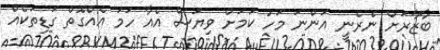
ބާޒާރަށް ނެރެނީ އަންނަ މަހު ކަމަށް ވިޔަސް އެއާ ހަމަ އެއްގޮތް ގަޑިތަކެއް